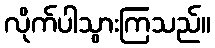
လိုက်ပါသွားကြသည်။